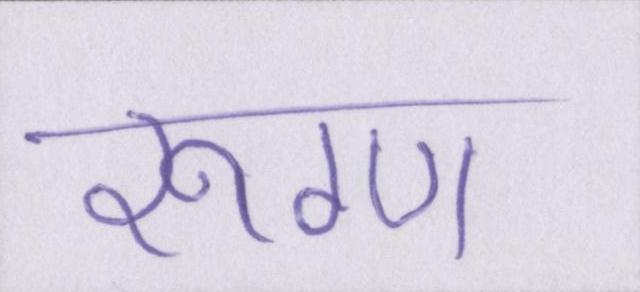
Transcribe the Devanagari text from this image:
रूग्ण